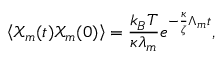
\left< \mathcal { X } _ { m } ( t ) \mathcal { X } _ { m } ( 0 ) \right> = \frac { k _ { B } T } { \kappa \lambda _ { m } } e ^ { - \frac { \kappa } { \zeta } \Lambda _ { m } t } ,